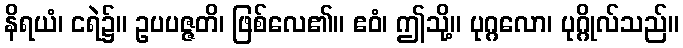
နိရယံ၊ ငရဲ၌။ ဥပပဇ္ဇတိ၊ ဖြစ်လေ၏။ ဧဝံ၊ ဤသို့။ ပုဂ္ဂလော၊ ပုဂ္ဂိုလ်သည်။